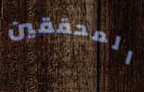
المحققين